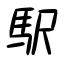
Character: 駅